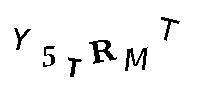
Y5TRMT